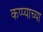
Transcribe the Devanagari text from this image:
कप्प्याच्या